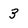
Character: 3